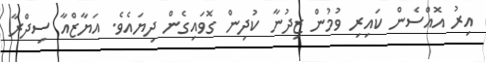
އިރު އޮއްސެން ކައިރި ވުމުން ޒިދުނާ ކުދިން ގޮވައިގެން ދިޔައެވެ. އަޔާޒްއާ ސިދްރާ